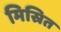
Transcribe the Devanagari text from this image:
मिस्रित